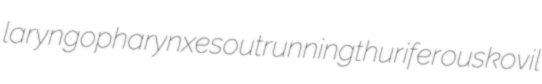
laryngopharynxes outrunning thuriferous kovil